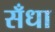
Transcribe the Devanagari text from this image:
सँधा